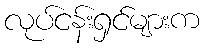
လုပ်ငန်းရှင်များက